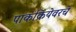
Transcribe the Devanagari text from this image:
पाकक्रियेवरचे